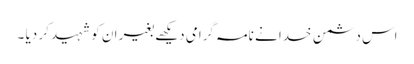
اس دشمن ِ خدا نے نامہ گرامی دیکھے بغیر ان کو شہید کر دیا ۔